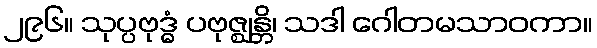
၂၉၆။ သုပ္ပဗုဒ္ဓံ ပဗုဇ္ဈန္တိ၊ သဒါ ဂေါတမသာဝကာ။